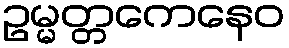
ဥမ္မတ္တကေနေဝ